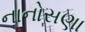
નાનોસણા